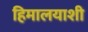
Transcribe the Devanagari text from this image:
हिमालयाशी